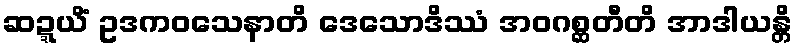
ဆဍ္ဍယိံ ဥဒကဝသေနာတိ ဒေသောဒိဿံ အဝဂစ္ဆတီတိ အာဒါယန္တိ